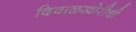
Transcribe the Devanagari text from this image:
दिवाळखोरीची